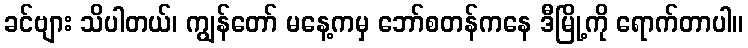
ခင်ဗျား သိပါတယ်၊ ကျွန်တော် မနေ့ကမှ ဘော်စတန်ကနေ ဒီမြို့ကို ရောက်တာပါ။